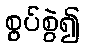
စွပ်စွဲ၍